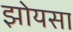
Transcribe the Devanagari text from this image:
झोयसा